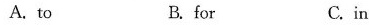
A. to B. for C.in